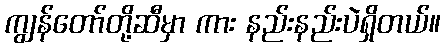
ကျွန်တော်တို့ဆီမှာ ကား နည်းနည်းပဲရှိတယ်။